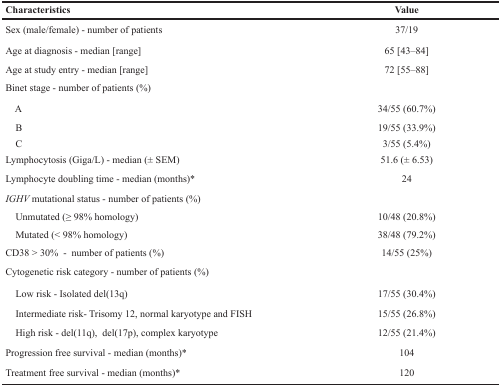
<table><thead><tr><td><b>Characteristics</b></td><td><b>Value</b></td></tr></thead><tbody><tr><td>Sex (male/female) - number of patients</td><td>37/19</td></tr><tr><td>Age at diagnosis - median [range]</td><td>65 [43–84]</td></tr><tr><td>Age at study entry - median [range]</td><td>72 [55–88]</td></tr><tr><td>Binet stage - number of patients (%)</td><td></td></tr><tr><td> A</td><td>34/55 (60.7%)</td></tr><tr><td> B</td><td>19/55 (33.9%)</td></tr><tr><td> C</td><td>3/55 (5.4%)</td></tr><tr><td>Lymphocytosis (Giga/L) - median (± SEM)</td><td>51.6 (± 6.53)</td></tr><tr><td>Lymphocyte doubling time - median (months)*</td><td>24</td></tr><tr><td><i>IGHV</i> mutational status - number of patients (%)</td><td></td></tr><tr><td> Unmutated (≥ 98% homology)</td><td>10/48 (20.8%)</td></tr><tr><td> Mutated (&lt; 98% homology)</td><td>38/48 (79.2%)</td></tr><tr><td>CD38 &gt; 30% - number of patients (%)</td><td>14/55 (25%)</td></tr><tr><td>Cytogenetic risk category - number of patients (%)</td><td></td></tr><tr><td> Low risk - Isolated del(13q)</td><td>17/55 (30.4%)</td></tr><tr><td> Intermediate risk- Trisomy 12, normal karyotype and FISH</td><td>15/55 (26.8%)</td></tr><tr><td> High risk - del(11q), del(17p), complex karyotype</td><td>12/55 (21.4%)</td></tr><tr><td>Progression free survival - median (months)*</td><td>104</td></tr><tr><td>Treatment free survival - median (months)*</td><td>120</td></tr></tbody></table>